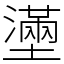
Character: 𡒗